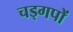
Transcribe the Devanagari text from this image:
चड्गपों